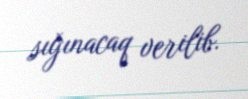
sığınacaq verilib.